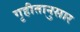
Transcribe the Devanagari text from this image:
गृहीतानुसार